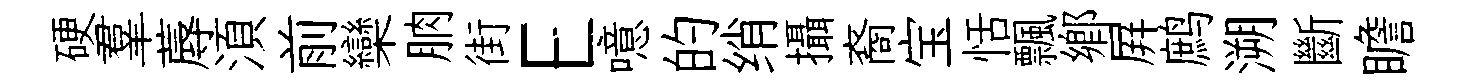
硬羣蓐湏前欒朒街E噫的绡攝裔宝恬飄鄉屛鹧溯斷瞻